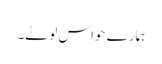
ہمارے حواس لوٹے۔